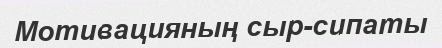
Мотивацияның сыр-сипаты